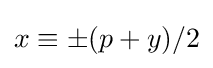
x\equiv \pm (p+y)/2